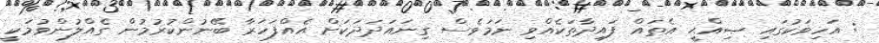
: އަހިވަކުގައި ޞިއްޙީ އެތައް ފައިދާތަކެއްވި ނަމަވެސް ގިނައަދަދަކަށް އެއްފަހަރާ ބޭނުންކުރުމުން ގެއްލުންވުމަކީ